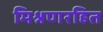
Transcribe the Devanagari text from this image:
मिश्रणरहित